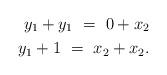
LaTeX: \begin{align*}y_1 + y_1\ =\ 0 + x_2 \\y_1 + 1\ =\ x_2 + x_2. \end{align*}